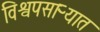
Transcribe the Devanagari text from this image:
विश्वपसाऱ्यात